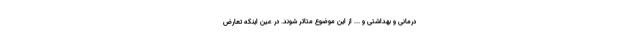
درمانی و بهداشتی و ... از این موضوع متاثر شوند. در عین اینکه تعارض